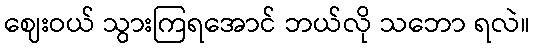
ဈေးဝယ် သွားကြရအောင် ဘယ်လို သဘော ရလဲ။